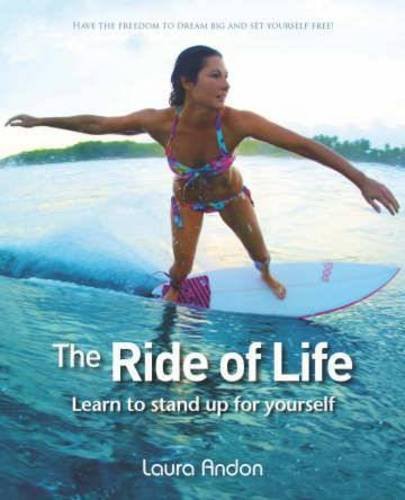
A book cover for The Ride of Life: Learn to Stand Up for Yourself; Laura Andon; Sports & Outdoors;